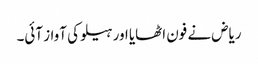
ریاض نے فون اٹھایا اور ہیلو کی آواز آئی۔